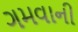
ગમવાની